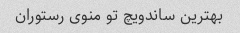
بهترین ساندویچ تو منوی رستوران